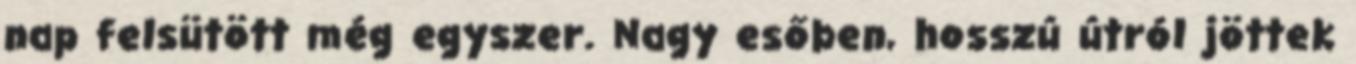
nap felsütött még egyszer. Nagy esőben, hosszú útról jöttek